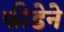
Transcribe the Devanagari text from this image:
फीडेने